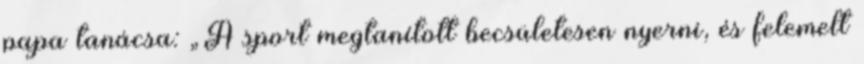
papa tanácsa: „A sport megtanított becsületesen nyerni, és felemelt